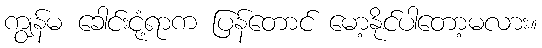
ကျွန်မ ခေါင်းငုံ့ရာက ပြန်တောင် မော့နိုင်ပါတော့မလား။